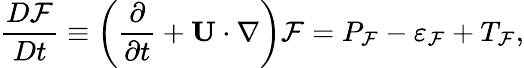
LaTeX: \frac{D{\cal{F}}}{Dt}\equiv\left({\frac{\partial}{\partial t}+{\mathbf{U}}\cdot\nabla}\right){\cal{F}}=P_{\cal{F}}-\varepsilon_{\cal{F}}+T_{\cal{F}},